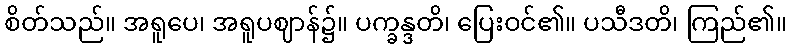
စိတ်သည်။ အရူပေ၊ အရူပဈာန်၌။ ပက္ခန္ဒတိ၊ ပြေးဝင်၏။ ပသီဒတိ၊ ကြည်၏။